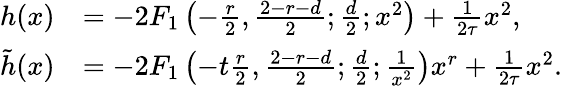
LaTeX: \begin{array}{rl}{h(x)}&{=-2F_{1}\left(-\frac{r}{2},\frac{2-r-d}{2};\frac{d}{2};x^{2}\right)+\frac{1}{2\tau}x^{2},}\\ {\tilde{h}(x)}&{=-2F_{1}\left(-t\frac{r}{2},\frac{2-r-d}{2};\frac{d}{2};\frac{1}{x^{2}}\right)x^{r}+\frac{1}{2\tau}x^{2}.}\end{array}